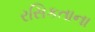
રસિકતાના